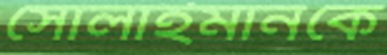
সোলাইমানকে